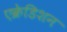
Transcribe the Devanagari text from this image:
एक्रेडिशन